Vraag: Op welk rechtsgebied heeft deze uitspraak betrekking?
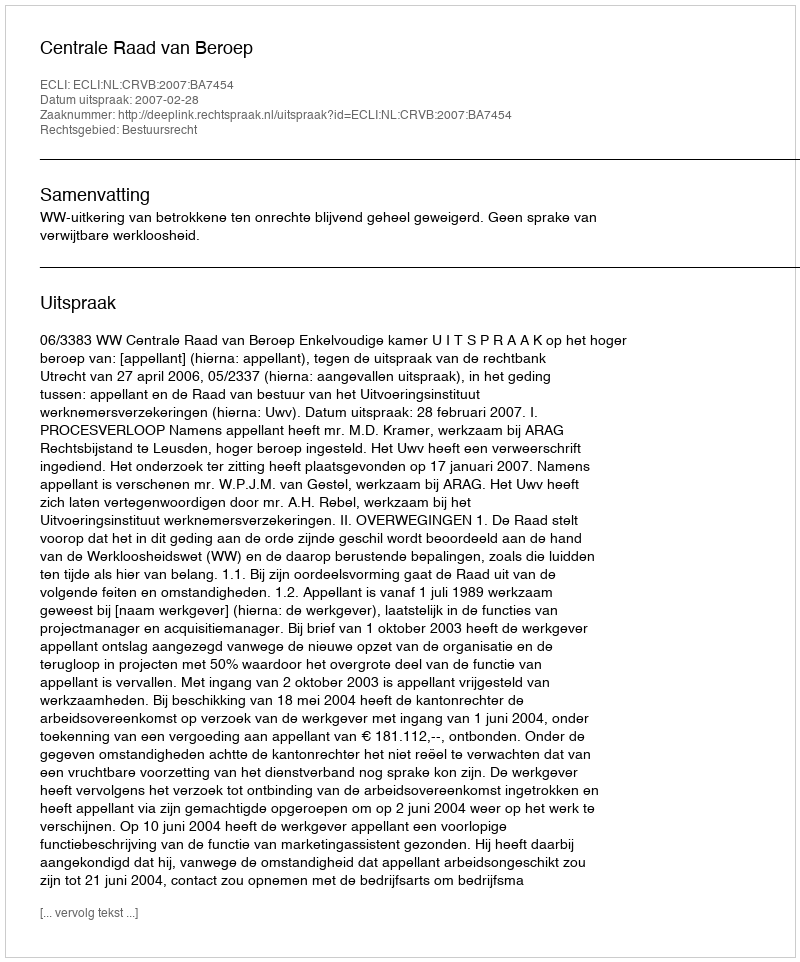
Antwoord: Bestuursrecht